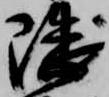
隈